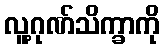
လူ့ဂုဏ်သိက္ခာကို